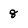
Character: 8